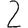
Digit: 2